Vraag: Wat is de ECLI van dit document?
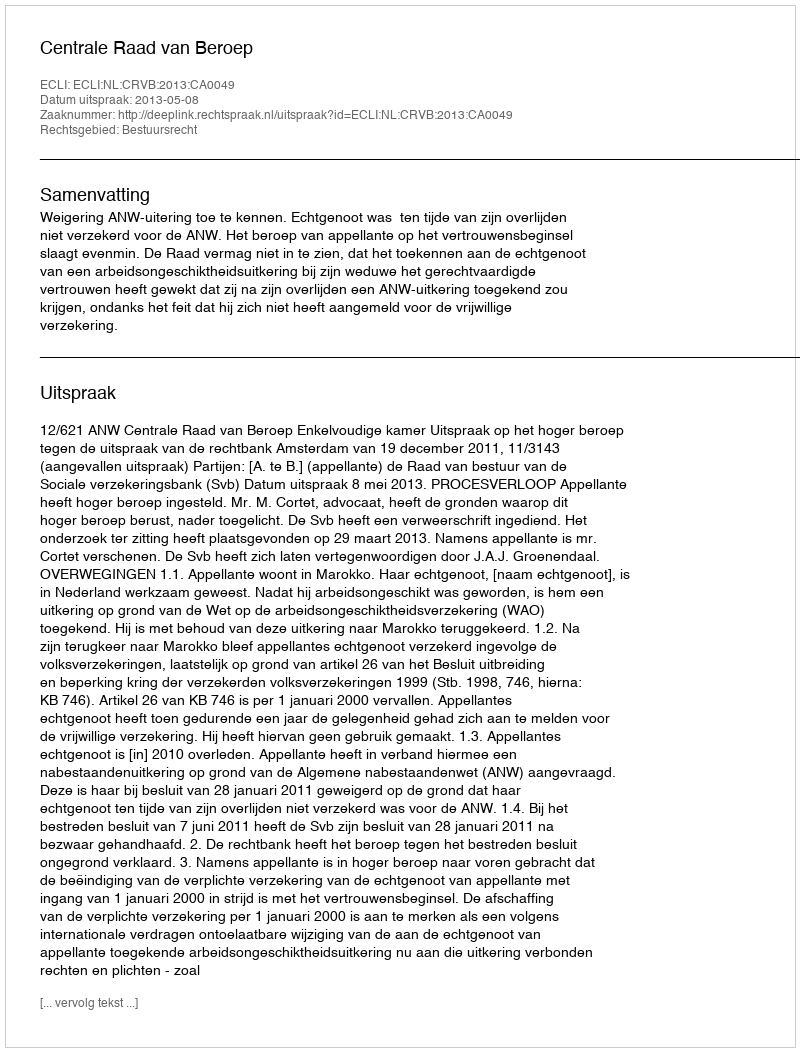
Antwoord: ECLI:NL:CRVB:2013:CA0049